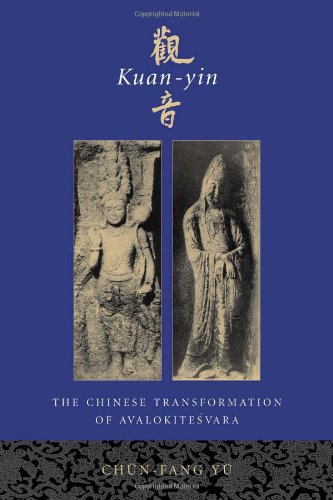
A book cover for Kuan-yin : the Chinese transformation of AvalokitesÃ¬vara; ChÃ¼n-fang YÃ¼; Religion & Spirituality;